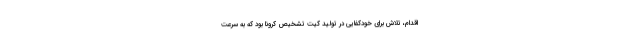
اقدام، تلاش برای خودکفایی در تولید کیت تشخیص کرونا بود که به سرعت